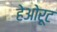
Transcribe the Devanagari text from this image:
हेओरूट